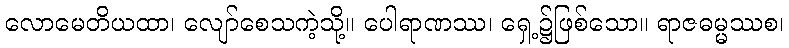
လောမေတိယထာ၊ လျော်စေသကဲ့သို့။ ပေါရာဏဿ၊ ရှေ့၌ဖြစ်သော။ ရာဇဓမ္မဿစ၊